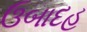
ઉબાદહ